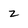
Character: 2